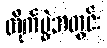
တိုက်ပွဲအတွင်း